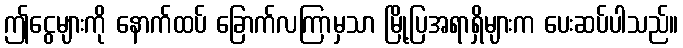
ဤငွေများကို နောက်ထပ် ခြောက်လကြာမှသာ မြို့ပြအရာရှိများက ပေးဆပ်ပါသည်။